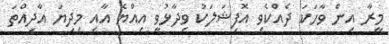
މީރާ އިން ވާހަކަ ދެއްކެވި އޮފިޝަލަކު ވިދާޅުވީ އިއްޔެ އާއި މިދިޔަ އާދިއްތަ